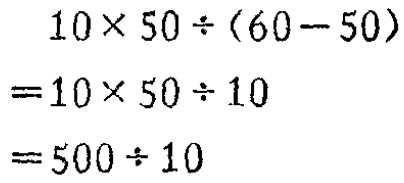
\[
\begin{align*}
&10\times50\div(60 - 50)\\
=&10\times50\div10\\
=&500\div10
\end{align*}
\]